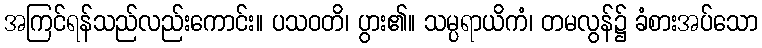
အကြင်ရန်သည်လည်းကောင်း။ ပသဝတိ၊ ပွား၏။ သမ္ပရာယိကံ၊ တမလွန်၌ ခံစားအပ်သော